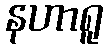
နဟာရူ